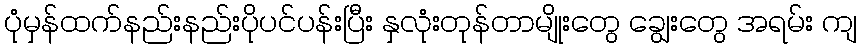
ပုံမှန်ထက်နည်းနည်းပိုပင်ပန်းပြီး နှလုံးတုန်တာမျိုးတွေ ချွေးတွေ အရမ်း ကျ